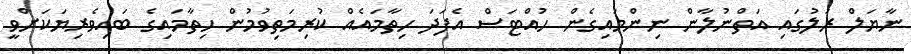
ނާޔަލް ރަލުގައި އަތްނުލާން ނިންމައިގެން ހުއްޓަސް އެފަދަ ހިތާމައެއް ކުރިމަތިވުމުން ހިތާމައިގެ ބައިވެރިޔަކަށްވީ